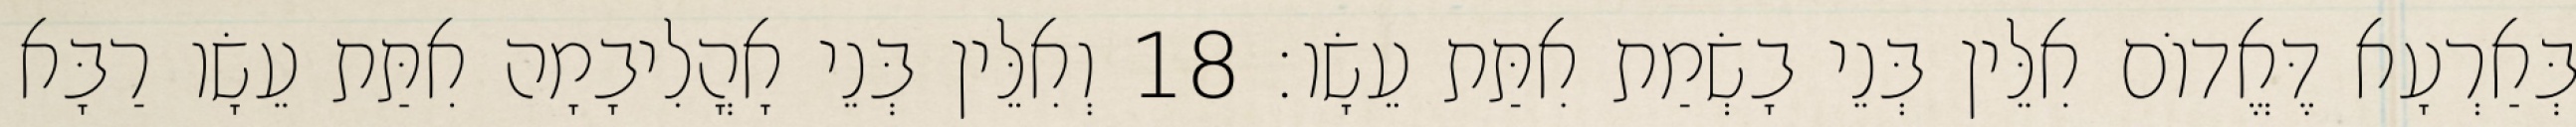
בְּאַרְעָא דֶּאֱדוֹם אִלֵּין בְּנֵי בָשְׂמַת אִתַּת עֵשָׂו׃ 18 וְאִלֵּין בְּנֵי אָהֳלִיבָמָה אִתַּת עֵשָׂו רַבָּא